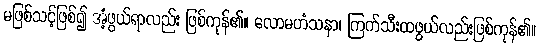
မဖြစ်သင့်ဖြစ်၍ အံ့ဖွယ်ရာလည်း ဖြစ်ကုန်၏။ လောမဟံသနာ၊ ကြက်သီးထဖွယ်လည်းဖြစ်ကုန်၏။